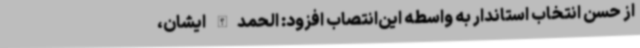
از حسن انتخاب استاندار به واسطه این‌انتصاب افزود: الحمدالله ایشان،